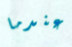
عندما